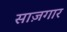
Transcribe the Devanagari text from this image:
साज़गार